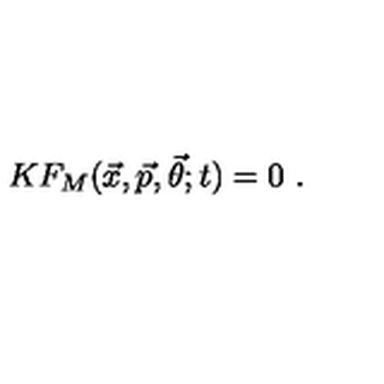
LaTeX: K F _ { M } ( { \vec { x } } , { \vec { p } } , { \vec { \theta } } ; t ) = 0 \ .